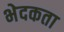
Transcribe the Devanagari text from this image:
भेदकता